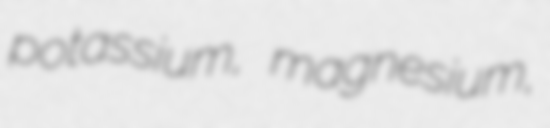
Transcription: potassium, magnesium,